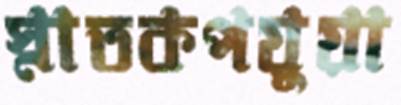
স্নাতকপড়ুয়া